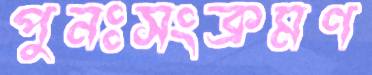
পুনঃসংক্রমণ